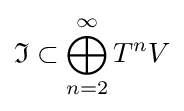
{\mathfrak {I}}\subset \bigoplus _{n=2}^{\infty }T^{n}V